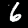
Digit: 6